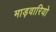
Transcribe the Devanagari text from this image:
माड़वारियो